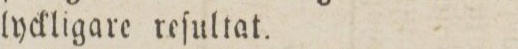
lyckligare reſultat.